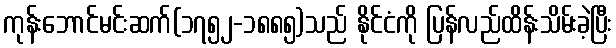
ကုန်းဘောင်မင်းဆက်(၁၇၅၂-၁၈၈၅)သည် နိုင်ငံကို ပြန်လည်ထိန်းသိမ်းခဲ့ပြီး